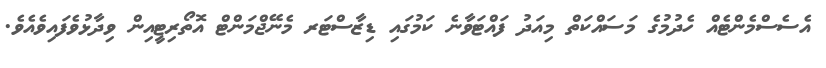
އެސެސްމެންޓެއް ހެދުމުގެ މަސައްކަތް މިއަދު ފައްޓަވާނެ ކަމުގައި ޑިޒާސްޓަރ މެނޭޖްމަންޓް އޮތޯރިޓީއިން ވިދާޅުވެފައިވެއެވެ.